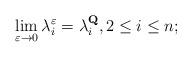
LaTeX: \begin{align*} \lim_{\varepsilon\rightarrow 0}\lambda^\varepsilon_i=\lambda^\mathbf{Q}_i,2\leq i\leq n; \end{align*}